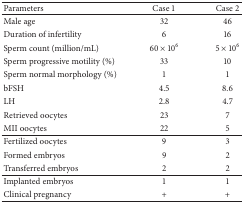
<table><thead><tr><td><b>Parameters </b></td><td><b>Case 1</b></td><td><b>Case 2</b></td></tr></thead><tbody><tr><td>Male age</td><td>32</td><td>46</td></tr><tr><td>Duration of infertility</td><td>6</td><td>16</td></tr><tr><td>Sperm count (million/mL)</td><td>60 × 10<sup>6</sup></td><td>5 × 10<sup>6</sup></td></tr><tr><td>Sperm progressive motility (%)</td><td>33</td><td>10</td></tr><tr><td>Sperm normal morphology (%)</td><td>1</td><td>1</td></tr><tr><td>bFSH</td><td>4.5</td><td>8.6</td></tr><tr><td>LH</td><td>2.8</td><td>4.7</td></tr><tr><td>Retrieved oocytes</td><td>23</td><td>7</td></tr><tr><td>MII oocytes</td><td>22</td><td>5</td></tr><tr><td>Fertilized oocytes</td><td>9</td><td>3</td></tr><tr><td>Formed embryos</td><td>9</td><td>2</td></tr><tr><td>Transferred embryos</td><td>2</td><td>2</td></tr><tr><td>Implanted embryos</td><td>1</td><td>1</td></tr><tr><td>Clinical pregnancy</td><td>+</td><td>+</td></tr></tbody></table>